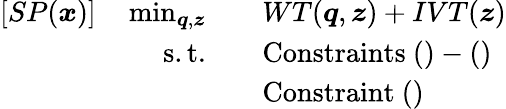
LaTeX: \begin{array}{rl}{[SP(\boldsymbol{x})]\quad\operatorname*{min}_{\boldsymbol{q},\boldsymbol{z}}\quad}&{WT(\boldsymbol{q},\boldsymbol{z})+IVT(\boldsymbol{z})}\\ {\mathrm{s.t.}\quad}&{\mathrm{Constraints~}()-()}\\ &{\mathrm{Constraint~}()}\end{array}